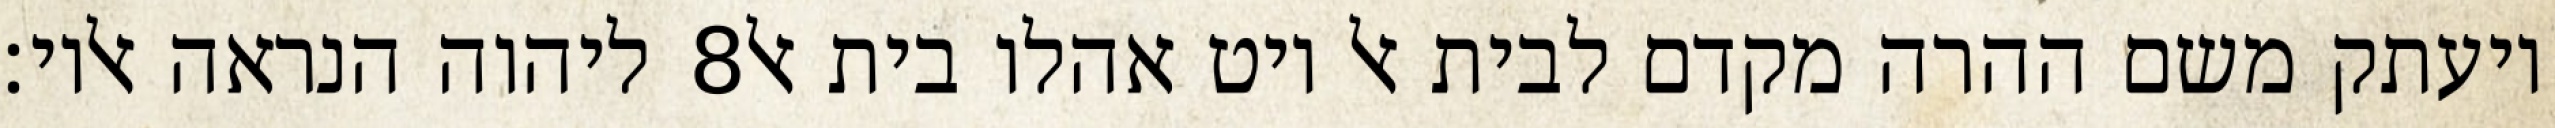
ליהוה הנראה אליו׃ ‎8‏ ויעתק משם ההרה מקדם לבית אל ויט אהלו בית אל